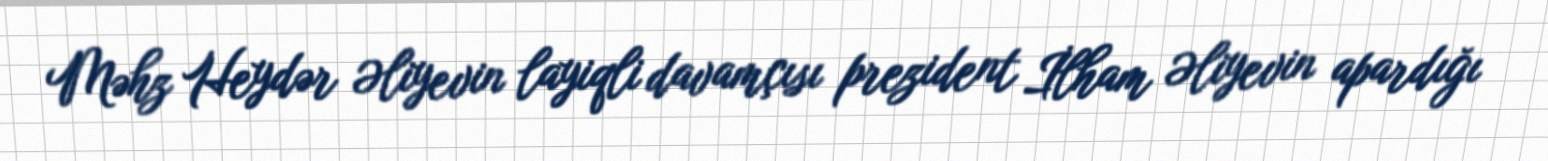
Məhz Heydər Əliyevin layiqli davamçısı prezident İlham Əliyevin apardığı